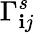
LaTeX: \Gamma_{\mathbf{i}j}^{s}